Lunatic asylums Burma 1907-21 - 1907-1921
Year: 1907
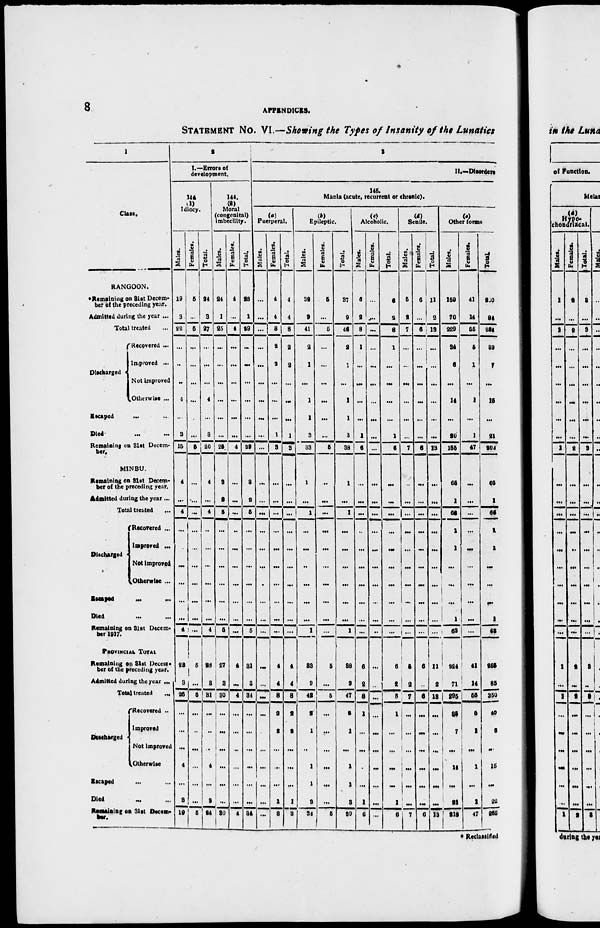
8
APPENDICES.
STATEMENT No. VI.—Showing the Types of Insanity of the Lunatics
1
Class.
RANGOON.
* Remaining on 31st Decem-
ber of the preceding year.
Admitted during the year ...
Total treated ...
Discharged
Recovered ...
Improved ...
Not improved
Otherwise ...
Escaped
... ...
Died
... ...
Remaining on 31st Decem-
ber.
MINBU.
Remaining on 31st Decem-
ber of the preceding year.
Admitted during the year ...
Total treated ...
Discharged
Recovered ...
Improved ...
Not Improved
Otherwise ...
Escaped
...
...
Died ... ...
Remaining on 31st Decem-
ber 1917.
PROVINCIAL TOTAL
Remaining on 31st Decem-
ber of the preceding year.
Admitted during the year ...
Total treated
...
Discharged
Recovered ...
Improved
Not improved
Otherwise
Escaped ... ...
Died ... ...
Remaining on 31st Decem-
ber.
2
I.—Errors of
development.
144
(1)
Idiocy.
Males.
19
3
22
...
...
...
4
...
3
15
4
...
4
...
...
...
...
...
...
4
23
3
26
...
...
...
4
...
3
19
Females.
5
...
5
...
...
...
...
...
...
5
...
...
...
...
...
...
...
...
...
...
5
...
5
...
...
...
...
...
...
5
Total.
24
3
27
...
...
...
4
...
3
20
4
...
4
...
...
...
...
...
...
4
28
3
31
...
...
...
4
...
3
24
144.
(2)
Moral
(congenital)
imbecility.
Males.
24
1
25
...
...
...
...
...
...
25
3
2
5
...
...
...
...
...
...
5
27
3
30
...
...
...
...
...
...
30
Females.
4
...
4
...
...
...
...
...
...
4
...
...
...
...
...
...
...
...
...
...
4
...
4
...
...
...
...
...
...
4
Tot al .
28
1
29
...
...
...
...
...
...
29
3
2
5
...
...
...
...
...
...
5
31
3
34
...
...
...
...
...
...
34
3
II.—Disorders
145.
Mania (acute, recurrent or chronic).
(a)
Puerperal.
Males.
...
...
...
...
...
...
...
...
...
...
...
...
...
...
...
...
...
...
...
...
...
...
...
...
...
...
...
...
...
...
Females.
4
4
8
2
2
...
...
...
1
3
...
...
...
...
...
...
...
...
...
...
4
4
8
2
2
...
...
...
1
3
Total.
4
4
8
2
2
...
...
...
1
3
...
...
...
...
...
...
...
...
...
...
4
4
8
2
2
...
...
...
1
3
(b)
Epileptic.
Males.
32
9
41
2
1
...
1
1
3
33
1
...
1
...
...
...
...
...
...
1
33
3
42
2
1
...
1
1
3
34
Females.
5
...
5
...
...
...
...
...
...
5
...
...
...
...
...
...
...
...
...
...
5
...
5
...
...
...
...
...
...
5
Total.
37
9
46
2
1
...
1
1
3
38
1
...
1
...
...
...
...
...
...
1
38
3
47
2
1
...
1
1
3
39
(c)
Alcoholic.
Males.
6
2
8
1
...
...
...
...
1
6
...
...
...
...
...
...
...
...
...
...
8
2
8
1
...
...
...
...
1
6
Females.
...
...
...
...
...
...
...
...
...
...
...
...
...
...
...
...
...
...
...
...
...
..
...
...
...
...
...
...
...
...
Total.
6
2
8
1
...
...
...
...
1
6
...
...
...
...
...
...
...
...
...
...
8
2
8
1
...
...
...
...
1
6
(d)
Senile.
Males.
5
2
7
...
...
...
...
...
...
7
...
...
...
...
...
...
...
...
...
...
5
2
7
...
...
...
...
...
...
7
Females.
6
...
6
...
...
...
...
...
...
6
...
...
...
...
...
...
...
...
...
...
6
...
6
...
...
...
...
...
...
6
Total.
11
2
13
...
...
...
...
...
...
13
...
...
...
...
...
...
...
...
...
...
11
2
13
...
...
...
...
...
...
13
(e)
Other forms
Males.
159
70
229
34
6
...
14
...
20
155
65
1
56
1
1
...
...
...
1
68
224
71
295
35
7
...
14
...
21
218
Females.
41
14
55
5
1
...
1
...
1
47
...
...
...
...
...
...
...
...
...
...
41
14
55
5
1
...
1
...
1
47
Total.
200
84
284
39
7
...
15
...
21
202
65
1
56
1
1
...
...
...
1
68
265
85
350
40
8
...
15
...
22
265
* Reclassified